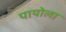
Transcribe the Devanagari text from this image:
पायोला